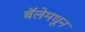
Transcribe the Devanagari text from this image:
बॅलेमधून